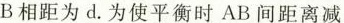
B相距为d。为使平衡时AB间距离减